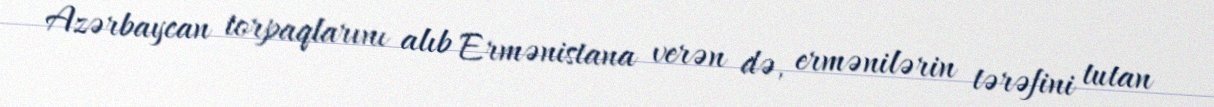
Azərbaycan torpaqlarını alıb Ermənistana verən də, ermənilərin tərəfini tutan